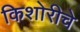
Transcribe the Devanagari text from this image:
किशोरीचे